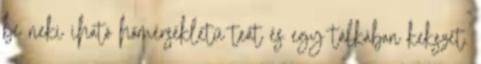
be neki iható hőmérsékletű teát és egy tálkában kekszet.